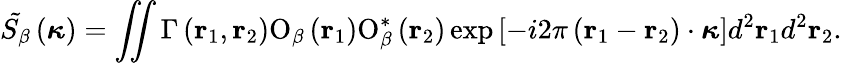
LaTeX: {{\tilde{S_{\beta}}}}\left(\boldsymbol{\kappa}\right)=\iint{\Gamma\left({\mathbf{r}}_{1},{\mathbf{r}}_{2}\right){{{\mathrm O}}_{\beta}}\left({\mathbf{r}}_{1}\right){\mathrm O}_{\beta}^{*}\left({\mathbf{r}}_{2}\right)\exp\left[-i2\pi\left({\mathbf{r}}_{1}-{\mathbf{r}}_{2}\right)\cdot\boldsymbol{\kappa}\right]{{d}^{2}}{{\mathbf{r}}_{1}}{{d}^{2}}{{\mathbf{r}}_{2}}}.